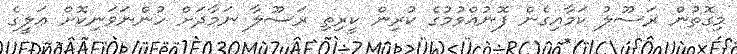
މިގޮތުން ރަސޫލު ކަމާއިގެން ފޮނުއްވުމުގެ ކުރިން ކީރިތި ރަސޫލާ ނަމާދަށް ހުންނަވަނިކޮށް ޢަލީގެ